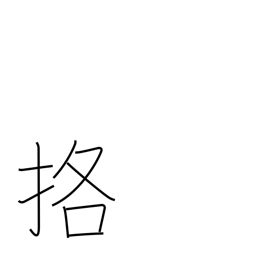
Meaning: fight